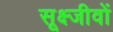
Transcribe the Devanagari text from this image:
सूक्ष्जीवों